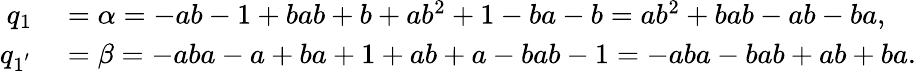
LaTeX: \begin{array}{rl}{q_{1}}&{{}=\alpha=-ab-1+bab+b+ab^{2}+1-ba-b=ab^{2}+bab-ab-ba,}\\ {q_{1^{'}}}&{{}=\beta=-aba-a+ba+1+ab+a-bab-1=-aba-bab+ab+ba.}\end{array}